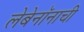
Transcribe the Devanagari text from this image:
लेबेनॉनाची